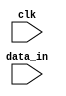
`timescale 1ns / 1ps
//////////////////////////////////////////////////////////////////////////////////
// Company: 
// Engineer: 
// 
// Design Name: 
// Module Name:    MEM 
// Project Name: 
// Target Devices: 
// Tool versions: 
// Description: 
//
// Dependencies: 
//
// Revision: 
// Revision 0.01 - File Created
// Additional Comments: 
//
//////////////////////////////////////////////////////////////////////////////////
module MEM(
	input clk,
	input [15:0] data_in
    );


endmodule